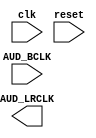

module soc_audio_lrclk (
	clk,
	reset,
	AUD_BCLK,
	AUD_LRCLK);	

	input		clk;
	input		reset;
	input		AUD_BCLK;
	output		AUD_LRCLK;
endmodule